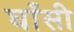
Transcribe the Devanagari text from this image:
घाँसी